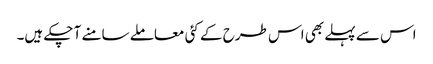
اس سے پہلے بھی اس طرح کے کئی معاملے سامنے آ چکے ہیں۔